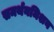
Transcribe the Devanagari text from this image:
समर्थनमिशन